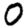
Digit: 0